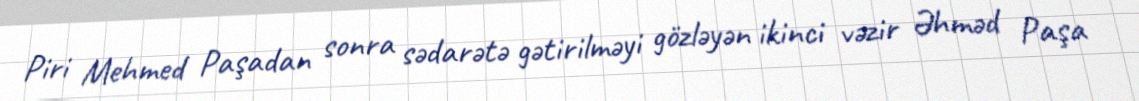
Piri Mehmed Paşadan sonra sədarətə gətirilməyi gözləyən ikinci vəzir Əhməd Paşa